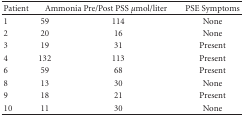
<table><thead><tr><td><b>Patient</b></td><td colspan="2"><b>Ammonia Pre/Post PSS <i>μ</i>mol/liter</b></td><td><b>PSE Symptoms</b></td></tr></thead><tbody><tr><td>1</td><td>59</td><td>114</td><td>None</td></tr><tr><td>2</td><td>20</td><td>16</td><td>None</td></tr><tr><td>3</td><td>19</td><td>31</td><td>Present</td></tr><tr><td>4</td><td>132</td><td>113</td><td>Present</td></tr><tr><td>6</td><td>59</td><td>68</td><td>Present</td></tr><tr><td>8</td><td>13</td><td>30</td><td>None</td></tr><tr><td>9</td><td>18</td><td>21</td><td>Present</td></tr><tr><td>10</td><td>11</td><td>30</td><td>None</td></tr></tbody></table>